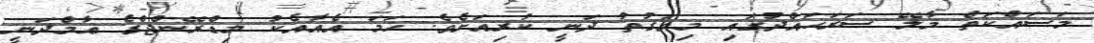
މަސައްކަތް މާލޭ ސަރަޙައްދުގައި މިވަގުތު ދަނީ ކުރިއަށެވެ. ހަމަ އެއާއެކު މިޑްރޭންޖްގެ ޢާމްދަނީ